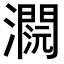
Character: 𤂕